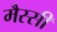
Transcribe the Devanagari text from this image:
मैस्सी